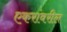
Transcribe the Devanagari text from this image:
एकरांवरील